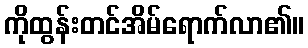
ကိုထွန်းတင်အိမ်ရောက်လာ၏။